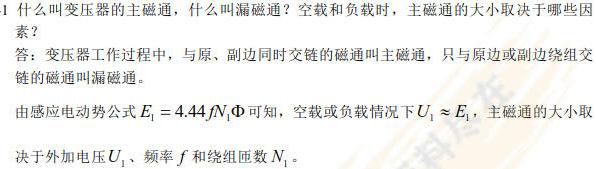
1 什么叫变压器的主磁通，什么叫漏磁通？空载和负载时，主磁通的大小取决于哪些因
素？
答：变压器工作过程中，与原、副边同时交链的磁通叫主磁通，只与原边或副边绕组交
链的磁通叫漏磁通。
由感应电动势公式$E_{1}=4.44fN_{1}\Phi$可知，空载或负载情况下$U_{1}\approx E_{1}$，主磁通的大小取
决于外加电压$U_{1}$、频率$f$和绕组匝数$N_{1}$。